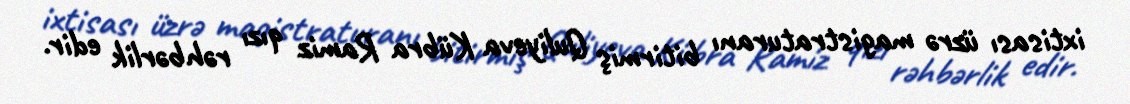
ixtisası üzrə magistraturanı bitirmiş Quliyeva Kübra Ramiz qızı rəhbərlik edir.